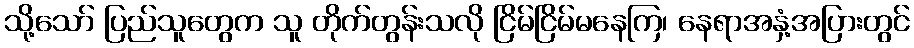
သို့သော် ပြည်သူတွေက သူ တိုက်တွန်းသလို ငြိမ်ငြိမ်မနေကြ၊ နေရာအနှံ့အပြားတွင်